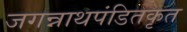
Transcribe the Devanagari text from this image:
जगन्नाथपंडितकृत